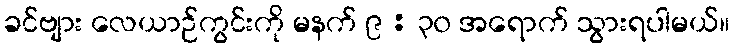
ခင်ဗျား လေယာဉ်ကွင်းကို မနက် ၉ : ၃၀ အရောက် သွားရပါမယ်။